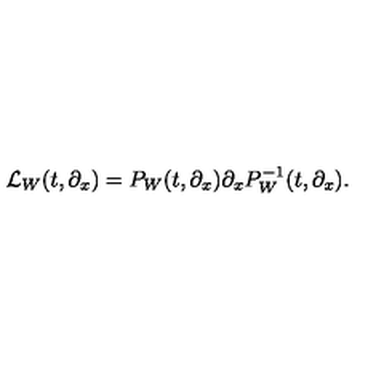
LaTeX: { \cal L } _ { W } ( t , \partial _ { x } ) = P _ { W } ( t , \partial _ { x } ) \partial _ { x } P _ { W } ^ { - 1 } ( t , \partial _ { x } ) .